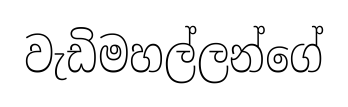
වැඩිමහල්ලන්ගේ